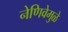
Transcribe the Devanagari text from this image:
नेणिवेमुळे